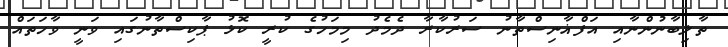
ތާލިބާނުންނާއި އަފްޣާނިސްތާނު ސަރުކާރާ ދެމެދު މިމަހުގެ ކުރީ ކޮޅު ޕާކިސްތާނުގައި ވަނީ ވާހަތައް